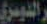
الدوسري